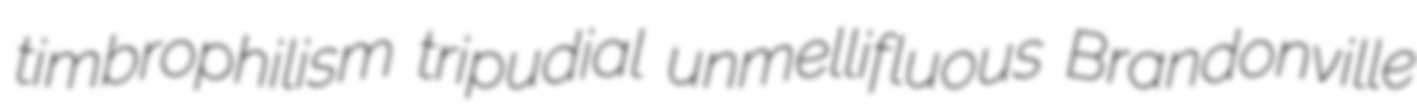
timbrophilism tripudial unmellifluous Brandonville